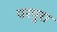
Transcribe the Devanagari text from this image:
परपुरा